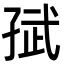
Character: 𭓈